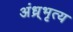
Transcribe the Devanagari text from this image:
अंध्र्भृत्य